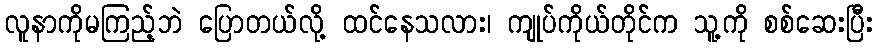
လူနာကိုမကြည့်ဘဲ ပြောတယ်လို့ ထင်နေသလား၊ ကျုပ်ကိုယ်တိုင်က သူ့ကို စစ်ဆေးပြီး